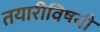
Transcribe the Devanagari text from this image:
तयारीविषयी